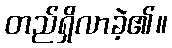
တည်ရှိလာခဲ့၏။